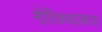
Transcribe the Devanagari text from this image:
नीतिकथाकार।